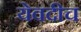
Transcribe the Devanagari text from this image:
येवदीच